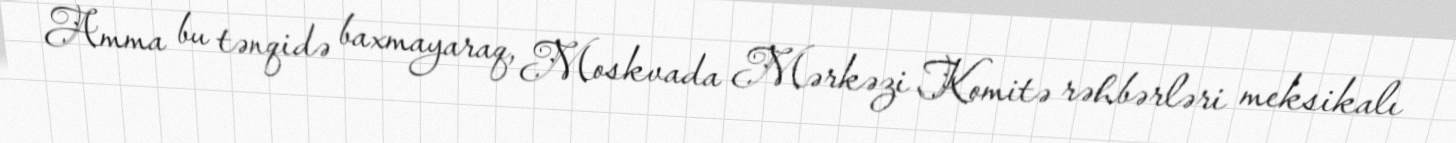
Amma bu tənqidə baxmayaraq, Moskvada Mərkəzi Komitə rəhbərləri meksikalı